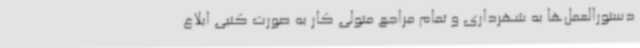
دستورالعمل‌ها به شهرداری و تمام مراجع متولی کار به صورت کتبی ابلاغ